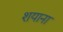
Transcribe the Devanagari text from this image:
शयाना